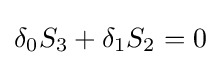
\delta _{0}S_{3}+\delta _{1}S_{2}=0